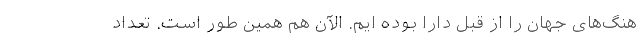
هنگ‌های جهان را از قبل دارا بوده ایم. الآن هم همین طور است. تعداد